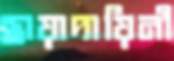
ছায়াদায়িনী